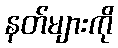
နတ်များကို